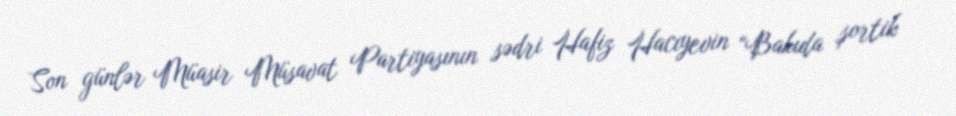
Son günlər Müasir Müsavat Partiyasının sədri Hafiz Hacıyevin “Bakıda şortik